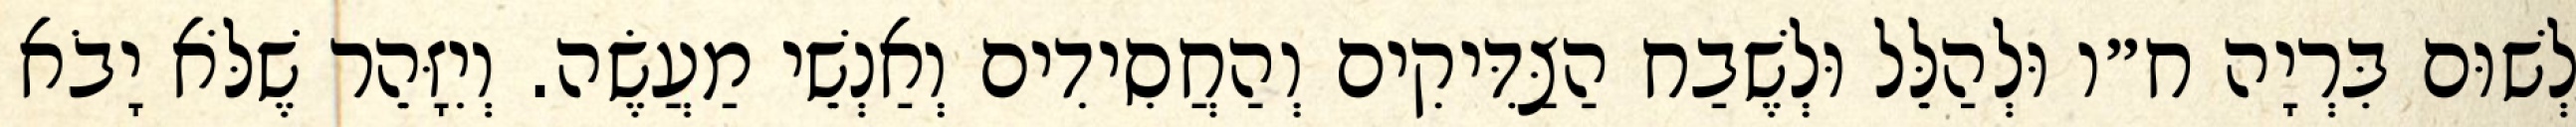
לְשׁוּם בִּרְיָה ח״ו וּלְהַלֵּל וּלְשֶׁבַח הַצַּדִּיקִים וְהַחֲסִידִים וְאַנְשֵׁי מַעֲשֶׂה. וְיִזָּהֵר שֶׁלֹּא יָבֹא